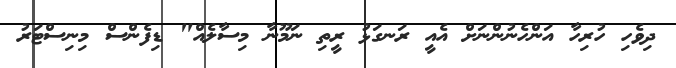
ދިވެހި ހުރިހާ އަންހެނުންނަށް އެއީ ރަނގަޅު ރީތި ނަމޫނާ މިސާލެއް" ޑިފެންސް މިނިސްޓަރު